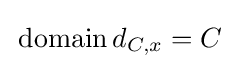
\,\operatorname {domain} d_{C,x}=C